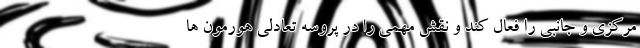
مرکزی و جانبی را فعال کند و نقش مهمی را در پروسه تعادلی هورمون ها